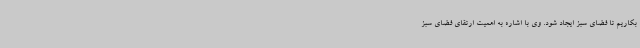
بکاریم تا فضای سبز ایجاد شود. وی با اشاره به اهمیت ارتقای فضای سبز